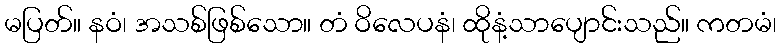
မပြတ်။ နဝံ၊ အသစ်ဖြစ်သော။ တံ ဝိလေပနံ၊ ထိုနံ့သာပျောင်းသည်။ ကတမံ၊